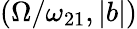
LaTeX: \left(\Omega/\omega_{21},|b|\right)